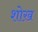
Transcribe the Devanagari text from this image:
शोख़